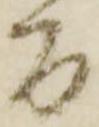
間